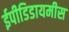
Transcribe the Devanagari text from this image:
ईपीडिडायमीस